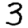
Digit: 3